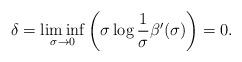
LaTeX: \begin{align*}\delta=\liminf_{\sigma\rightarrow 0}\left(\sigma\log\frac{1}{\sigma}\beta'(\sigma)\right)=0.\end{align*}